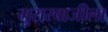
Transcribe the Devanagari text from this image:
मुरारबाजीला